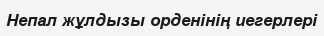
Непал жұлдызы орденінің иегерлері